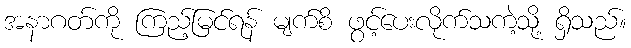
အနာဂတ်ကို ကြည့်မြင်ရန် မျက်စိ ဖွင့်ပေးလိုက်သကဲ့သို့ ရှိသည်။